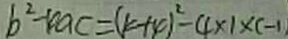
b ^ { 2 } - 4 a c = ( k + 4 ) ^ { 2 } - 4 \times 1 \times ( - 1 )